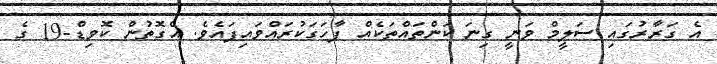
އެ ގަރާރުގައި ސަލީމް ވަނީ ގިނަ ކަންތައްތަކެއް ފާހަގަކުރައްވައިފައެވެ. އެގޮތުން ކޮވިޑް-19 ގެ